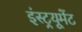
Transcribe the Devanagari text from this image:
इंस्ट्रयूमेंट